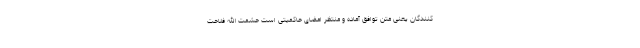
کنندگان یعنی متن توافق آماده و منتظر امضای حاکمیتی است حشمت الله فلاحت